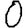
Digit: 0